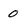
Character: 0